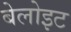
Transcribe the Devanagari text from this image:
बेलोइट